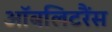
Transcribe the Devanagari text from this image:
ऑबलिटरैंस